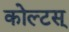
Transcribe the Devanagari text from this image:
कोल्टस्